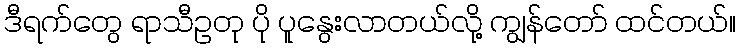
ဒီရက်တွေ ရာသီဥတု ပို ပူနွေးလာတယ်လို့ ကျွန်တော် ထင်တယ်။